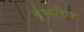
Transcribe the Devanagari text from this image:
वृषहरिण